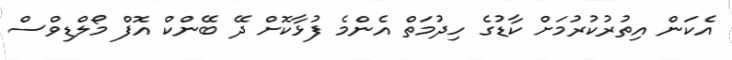
އެކަން އިތުރުކުރުމަށް ކާޑުގެ ހިދުމަތް އެންމެ ފުޅާކޮށް ދޭ ބޭންކް އޮފް މޯލްޑިވްސް